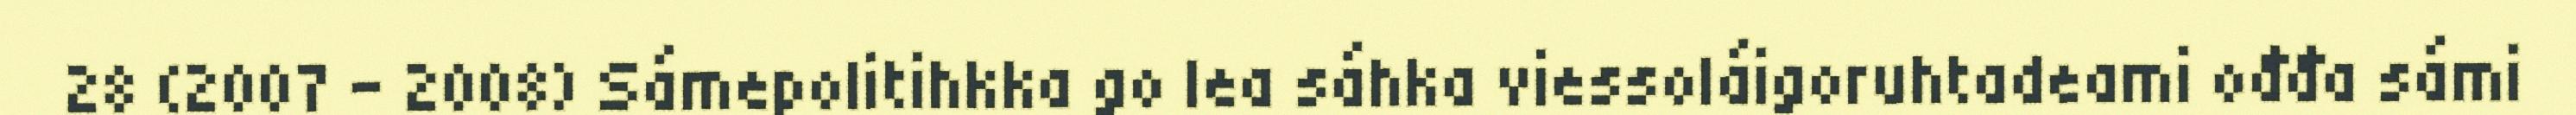
28 (2007 – 2008) Sámepolitihkka go lea sáhka viessoláigoruhtadeami ođđa sámi